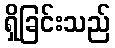
ရှိခြင်းသည်